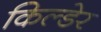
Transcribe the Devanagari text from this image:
किल्डेर